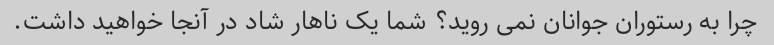
چرا به رستوران جوانان نمی روید؟ شما یک ناهار شاد در آنجا خواهید داشت.